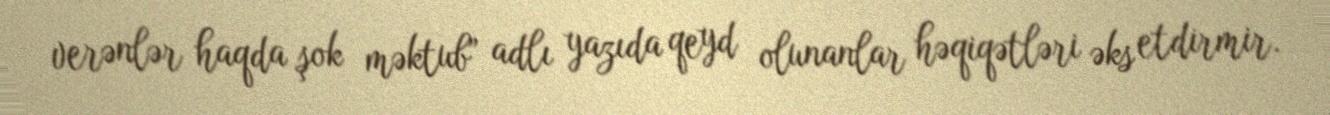
verənlər haqda şok məktub” adlı yazıda qeyd olunanlar həqiqətləri əks etdirmir.